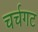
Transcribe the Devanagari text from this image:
चर्चगट